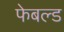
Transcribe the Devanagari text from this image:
फेबल्ड